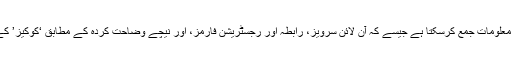
WPO متعامل خصوصیات سے کچھ معلومات جمع کرسکتا ہے جیسے کہ آن لائن سرویز، رابطہ اور رجسٹریشن فارمز، اور نیچے وضاحت کردہ کے مطابق ‘کوکیز’ کے استعمال کے ذریعہ۔